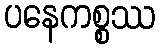
ပနေကစ္စဿ